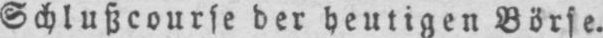
Schlußcourse der heutigen Börse.